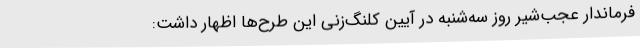
فرماندار عجب‌شیر روز سه‌شنبه در آیین کلنگ‌زنی این طرح‌ها اظهار داشت: